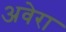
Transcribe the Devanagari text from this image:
अवेरा